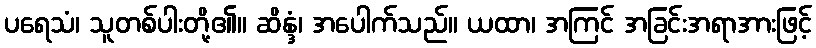
ပရေသံ၊ သူတစ်ပါးတို့၏။ ဆိန္ဒံ၊ အပေါက်သည်။ ယထာ၊ အကြင် အခြင်းအရာအားဖြင့်